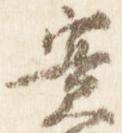
実